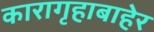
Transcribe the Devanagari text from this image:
कारागृहाबाहेर